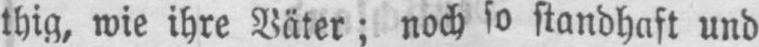
thig, wie ihre Väter; noch so standhaft und